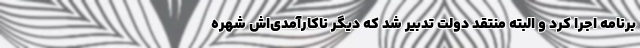
برنامه اجرا کرد و البته منتقد دولت تدبیر شد که دیگر ناکارآمدی‌اش شهره